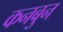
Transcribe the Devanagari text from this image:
कनबुन